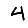
Digit: 4